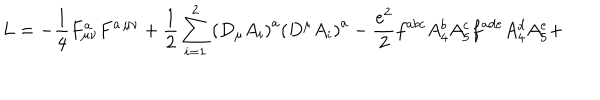
L = - \frac { 1 } { 4 } F _ { \mu \nu } ^ { a } F ^ { a \, \mu \nu } + \frac { 1 } { 2 } \sum _ { i = 1 } ^ { 2 } \left( D _ { \mu } A _ { i } \right) ^ { a } \left( D ^ { \mu } A _ { i } \right) ^ { a } - \frac { e ^ { 2 } } { 2 } f ^ { a b c } A _ { 4 } ^ { b } A _ { 5 } ^ { c } f ^ { a d e } A _ { 4 } ^ { d } A _ { 5 } ^ { e } +